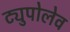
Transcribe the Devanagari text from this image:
ट्युपोलेव